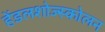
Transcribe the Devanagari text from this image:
हेंडलशोज्स्कोलन